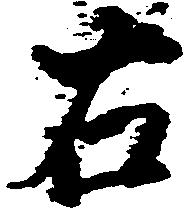
右